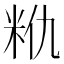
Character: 𮇈